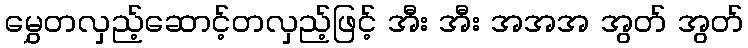
မွှေတလှည့်ဆောင့်တလှည့်ဖြင့် အီး အီး အအအ အွတ် အွတ်